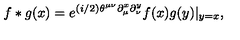
f * g ( x ) = e ^ { ( i / 2 ) \theta ^ { \mu \nu } \partial _ { \mu } ^ { x } \partial _ { \nu } ^ { y } } f ( x ) g ( y ) | _ { y = x } ,